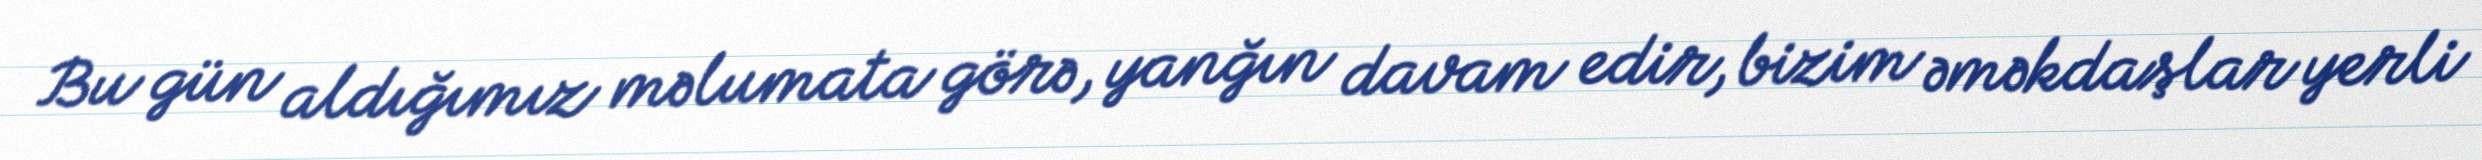
Bu gün aldığımız məlumata görə, yanğın davam edir, bizim əməkdaşlar yerli